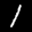
Label: 1